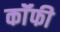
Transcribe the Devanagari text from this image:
कॉॅफी